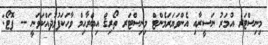
މިނިސްޓަރ އުމަރު ނަސީރާއި އެންވަޔަރަމެންޓް މިނިސްޓަރ ތޯރިޤް އިބްރާހިމް ވާހަކަފުޅުދައްކަވަނީ -- ފޮޓޯ: